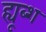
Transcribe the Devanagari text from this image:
ह्यूब्श